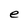
Character: e